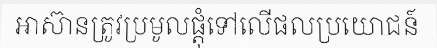
អាស៊ានត្រូវប្រមូលផ្តុំទៅលើផលប្រយោជន៍